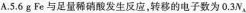
A.5.6g Fe与足量稀硝酸发生反应，转移的电子数为0.3N_{A}